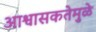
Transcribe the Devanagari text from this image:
आश्वासकतेमुळे